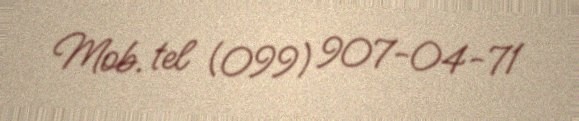
Mob. tel (099) 907-04-71